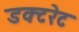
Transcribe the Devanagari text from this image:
डक्टरेट